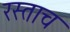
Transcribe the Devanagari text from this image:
रस्ताच